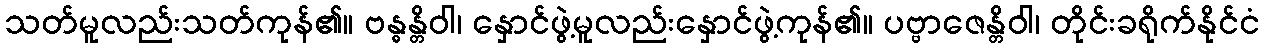
သတ်မူလည်းသတ်ကုန်၏။ ဗန္ဓန္တိဝါ၊ နှောင်ဖွဲ့မူလည်းနှောင်ဖွဲ့ကုန်၏။ ပဗ္ဗာဇေန္တိဝါ၊ တိုင်းခရိုက်နိုင်ငံ